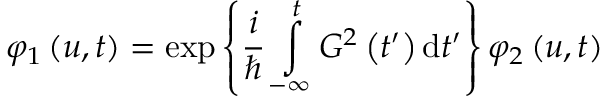
\varphi _ { 1 } \left( u , t \right) = \exp \left\{ \frac { i } { \hbar } \intop _ { - \infty } ^ { t } G ^ { 2 } \left( t ^ { \prime } \right) \mathrm { d } t ^ { \prime } \right\} \varphi _ { 2 } \left( u , t \right)